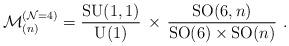
LaTeX: \begin{align*}\mathcal{M}^{(\mathcal{N}=4)}_{(n)} =\frac{\mathrm{SU}(1,1)}{\mathrm{U}(1)} \, \times \, \frac{\mathrm{SO}(6,n)}{\mathrm{SO}(6) \times \mathrm{SO}(n)}~.\end{align*}